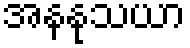
အနနုသယာ